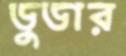
ডুডার